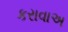
કરાવાઅ